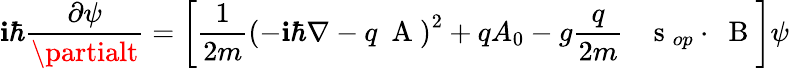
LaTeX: \mathbf{i}\hbar\frac{{\partial\psi}}{{\partialt}}=\left[\frac{{1}}{{2m}}\left(-\mathbf{i}\hbar\nabla-q\mathrm{{~\mathbf{~}A~}}\right)^{2}+qA_{0}-g\frac{{q}}{{2m}}\; \; \mathrm{{~\mathbf{~}s~}}_{op}\cdot\mathrm{{~\mathbf{~}B~}}\right]\psi